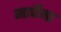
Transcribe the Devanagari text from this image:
मार्चेना